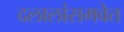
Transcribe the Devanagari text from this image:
दलालांसमवेत